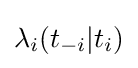
\lambda _{i}(t_{-i}|t_{i})